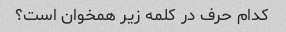
کدام حرف در کلمه زیر همخوان است؟